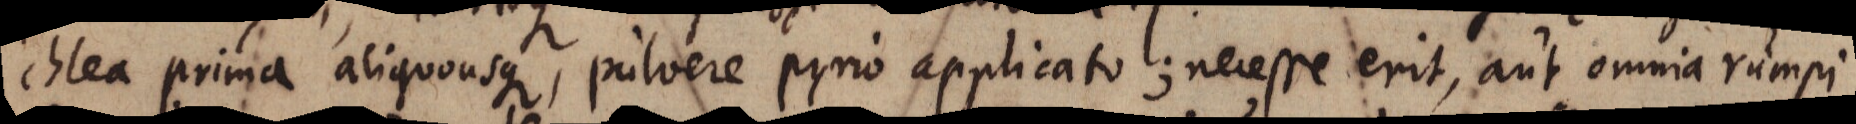
chlea prima aliquousque, pulvere pyrio applicato; necesse erit, aut omnia rumpi,